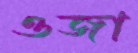
ওজা